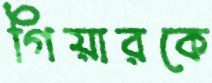
গিয়ারকে